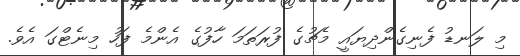
މި ލަނޑު ފެނިގެންދިޔައީ މެޗުގެ ފުރަތަމަ ހާފުގެ އެންމެ ފަހު މިނެޓްގަ އެވެ.